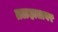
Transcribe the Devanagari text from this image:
तळहातावर